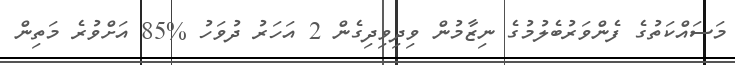
މަސައްކަތުގެ ފެންވަރުބެލުމުގެ ނިޒާމުން ވިދިވިދިގެން 2 އަހަރު ދުވަހު %85 އަށްވުރެ މަތިން